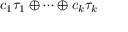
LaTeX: c _ { 1 } \tau _ { 1 } \oplus \cdots \oplus c _ { k } \tau _ { k }